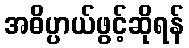
အဓိပ္ပာယ်ဖွင့်ဆိုရန်